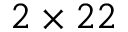
2 \times 2 2